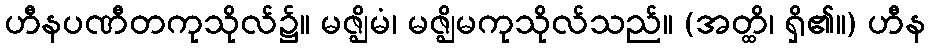
ဟီနပဏီတကုသိုလ်၌။ မဇ္ဈိမံ၊ မဇ္ဈိမကုသိုလ်သည်။ (အတ္ထိ၊ ရှိ၏။) ဟီန